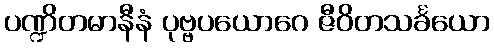
ပဏ္ဍိတမာနီနံ ပုဗ္ဗပယောဂေ ဇီဝိတသင်္ခယော